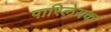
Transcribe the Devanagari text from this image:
पारिलेयक